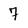
Character: 7